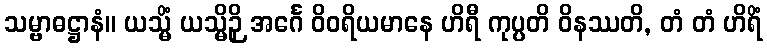
သမ္ဗာဓဋ္ဌာနံ။ ယသ္မိံ ယသ္မိဉှိ အင်္ဂေ ဝိဝရိယမာနေ ဟိရီ ကုပ္ပတိ ဝိနဿတိ, တံ တံ ဟိရိံ